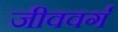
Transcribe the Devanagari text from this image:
जीववर्ग